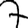
Digit: 7